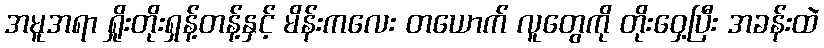
အမူအရာ ရှိုးတိုးရှန့်တန့်နှင့် မိန်းကလေး တယောက် လူတွေကို တိုးဝှေ့ပြီး အခန်းထဲ